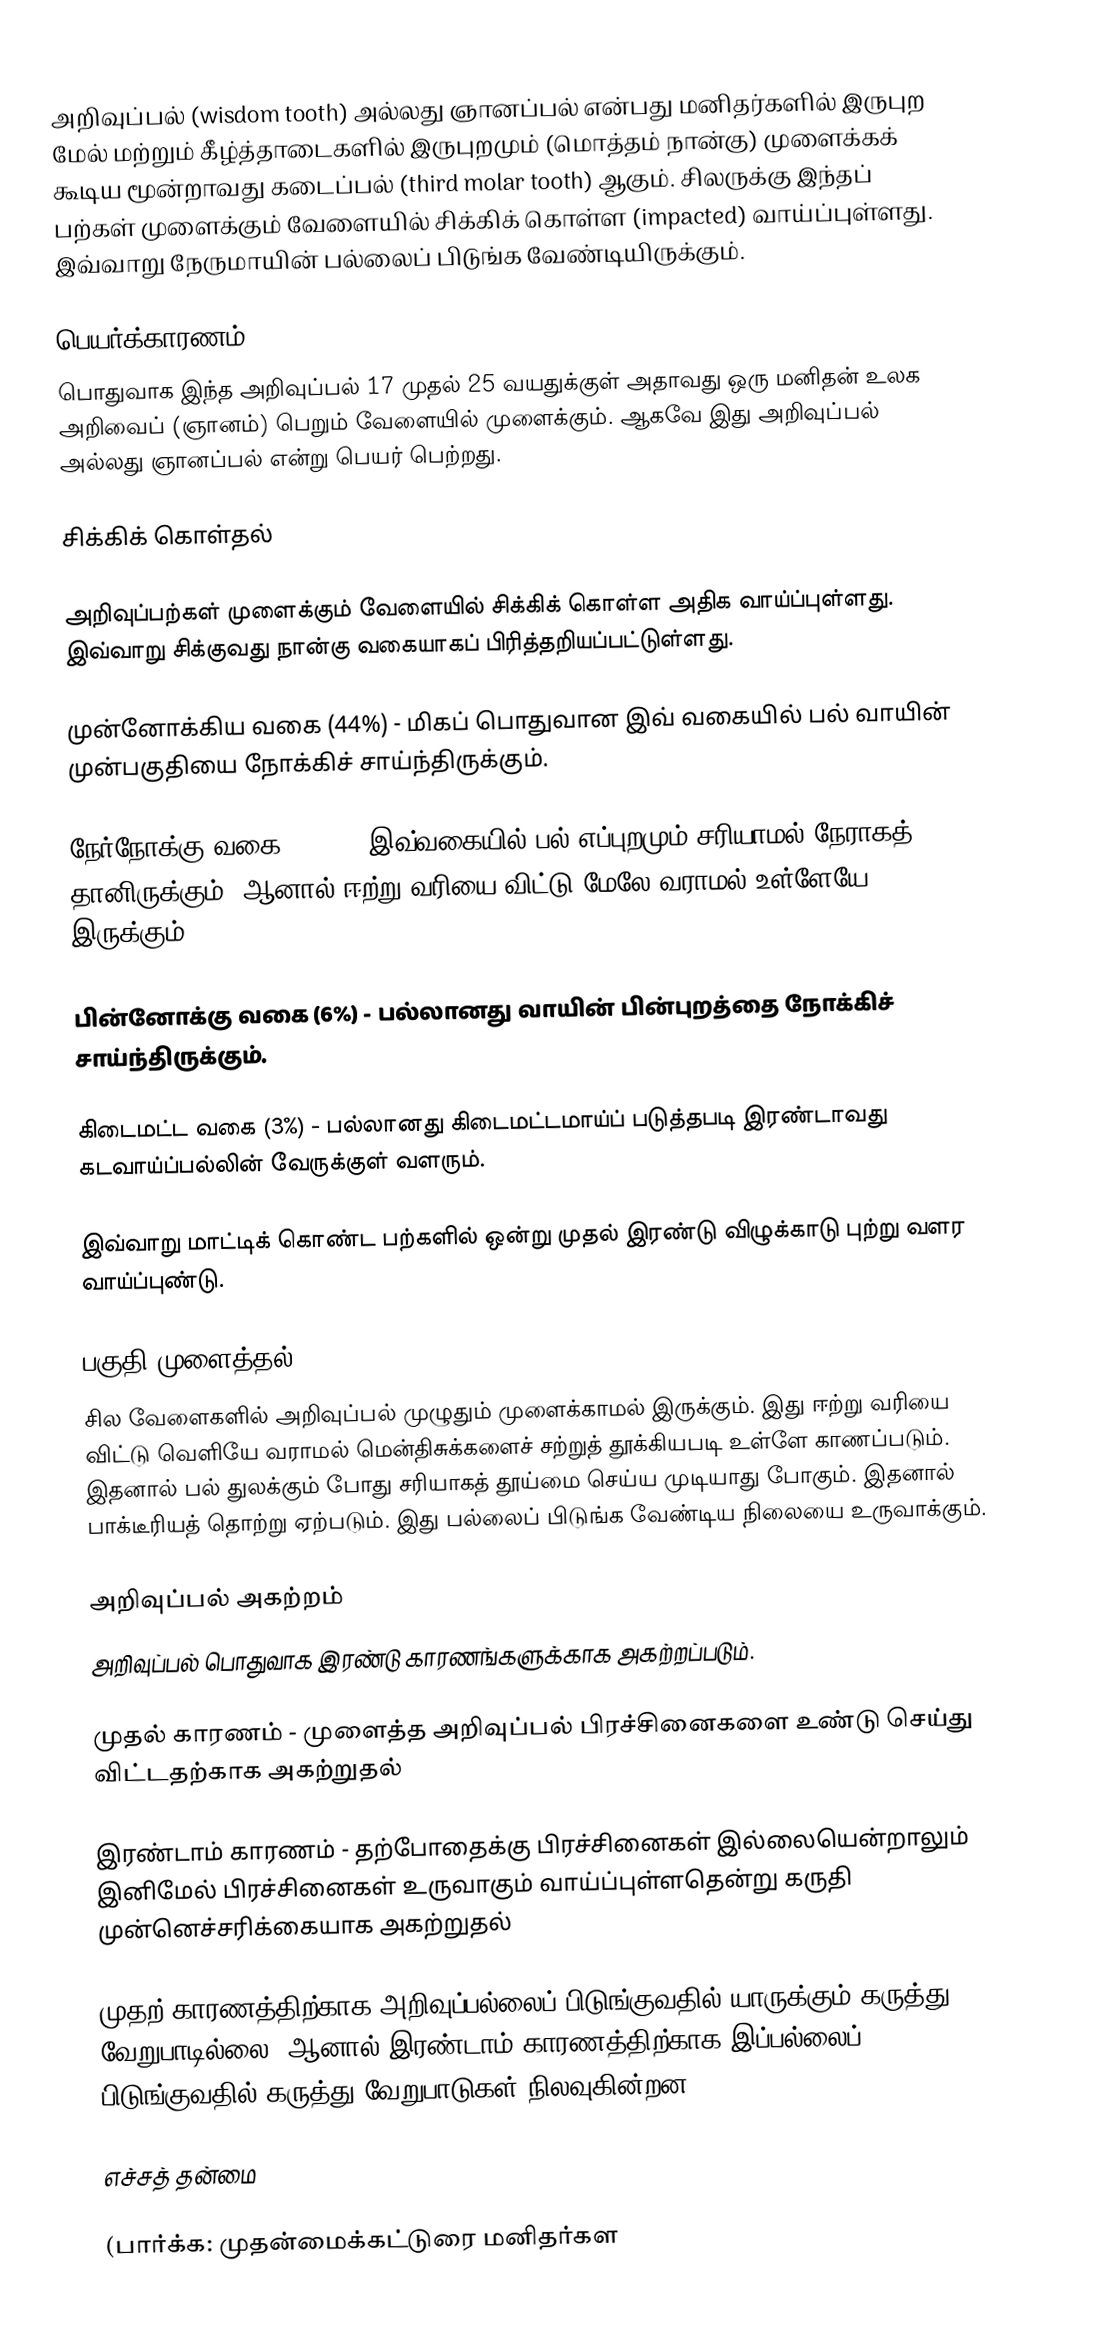
அறிவுப்பல் (wisdom tooth) அல்லது ஞானப்பல் என்பது மனிதர்களில் இருபுற மேல் மற்றும் கீழ்த்தாடைகளில் இருபுறமும் (மொத்தம் நான்கு) முளைக்கக் கூடிய மூன்றாவது கடைப்பல் (third molar tooth) ஆகும். சிலருக்கு இந்தப் பற்கள் முளைக்கும் வேளையில் சிக்கிக் கொள்ள (impacted) வாய்ப்புள்ளது. இவ்வாறு நேருமாயின் பல்லைப் பிடுங்க வேண்டியிருக்கும்.

பெயர்க்காரணம்
பொதுவாக இந்த அறிவுப்பல் 17 முதல் 25 வயதுக்குள் அதாவது ஒரு மனிதன் உலக அறிவைப் (ஞானம்) பெறும் வேளையில் முளைக்கும். ஆகவே இது அறிவுப்பல் அல்லது ஞானப்பல் என்று பெயர் பெற்றது.

சிக்கிக் கொள்தல்

அறிவுப்பற்கள் முளைக்கும் வேளையில் சிக்கிக் கொள்ள அதிக வாய்ப்புள்ளது. இவ்வாறு சிக்குவது நான்கு வகையாகப் பிரித்தறியப்பட்டுள்ளது.

முன்னோக்கிய வகை (44%) - மிகப் பொதுவான இவ் வகையில் பல் வாயின் முன்பகுதியை நோக்கிச் சாய்ந்திருக்கும்.

நேர்நோக்கு வகை (38%) - இவ்வகையில் பல் எப்புறமும் சரியாமல் நேராகத் தானிருக்கும். ஆனால் ஈற்று வரியை விட்டு மேலே வராமல் உள்ளேயே இருக்கும்.

பின்னோக்கு வகை (6%) - பல்லானது வாயின் பின்புறத்தை நோக்கிச் சாய்ந்திருக்கும்.

கிடைமட்ட வகை (3%) - பல்லானது கிடைமட்டமாய்ப் படுத்தபடி இரண்டாவது கடவாய்ப்பல்லின் வேருக்குள் வளரும்.

இவ்வாறு மாட்டிக் கொண்ட பற்களில் ஒன்று முதல் இரண்டு விழுக்காடு புற்று வளர வாய்ப்புண்டு.

பகுதி முளைத்தல்
சில வேளைகளில் அறிவுப்பல் முழுதும் முளைக்காமல் இருக்கும். இது ஈற்று வரியை விட்டு வெளியே வராமல் மென்திசுக்களைச் சற்றுத் தூக்கியபடி உள்ளே காணப்படும். இதனால் பல் துலக்கும் போது சரியாகத் தூய்மை செய்ய முடியாது போகும். இதனால் பாக்டீரியத் தொற்று ஏற்படும். இது பல்லைப் பிடுங்க வேண்டிய நிலையை உருவாக்கும்.

அறிவுப்பல் அகற்றம்
அறிவுப்பல் பொதுவாக இரண்டு காரணங்களுக்காக அகற்றப்படும்.

முதல் காரணம் - முளைத்த அறிவுப்பல் பிரச்சினைகளை உண்டு செய்து விட்டதற்காக அகற்றுதல்

இரண்டாம் காரணம் - தற்போதைக்கு பிரச்சினைகள் இல்லையென்றாலும் இனிமேல் பிரச்சினைகள் உருவாகும் வாய்ப்புள்ளதென்று கருதி முன்னெச்சரிக்கையாக அகற்றுதல்

முதற் காரணத்திற்காக அறிவுப்பல்லைப் பிடுங்குவதில் யாருக்கும் கருத்து வேறுபாடில்லை. ஆனால் இரண்டாம் காரணத்திற்காக இப்பல்லைப் பிடுங்குவதில் கருத்து வேறுபாடுகள் நிலவுகின்றன.

எச்சத் தன்மை

(பார்க்க: முதன்மைக்கட்டுரை மனிதர்கள